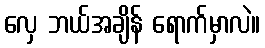
လှေ ဘယ်အချိန် ရောက်မှာလဲ။